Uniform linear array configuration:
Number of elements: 48
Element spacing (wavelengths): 0.75
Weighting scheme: hamming
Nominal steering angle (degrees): -60
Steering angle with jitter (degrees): -59.04
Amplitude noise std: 0.05
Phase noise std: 0.05

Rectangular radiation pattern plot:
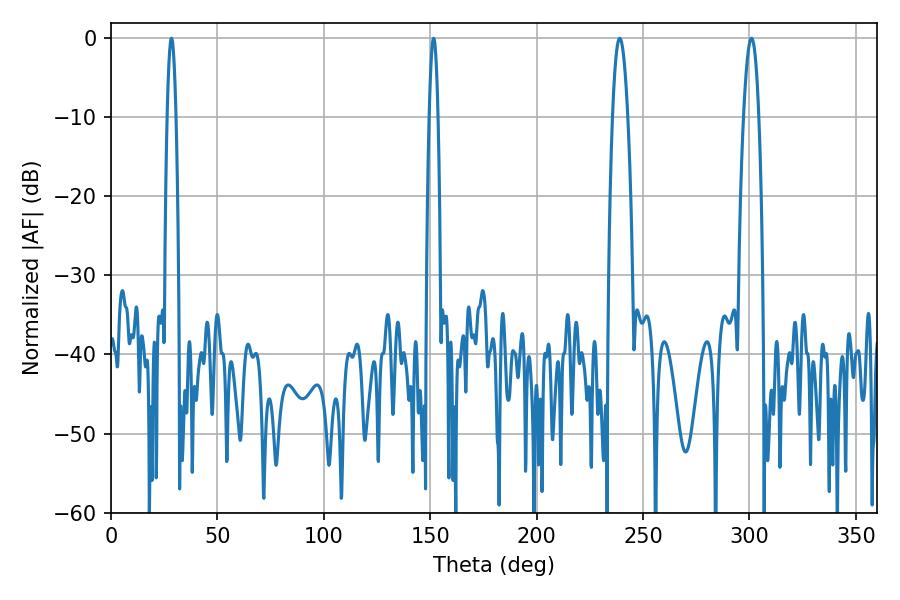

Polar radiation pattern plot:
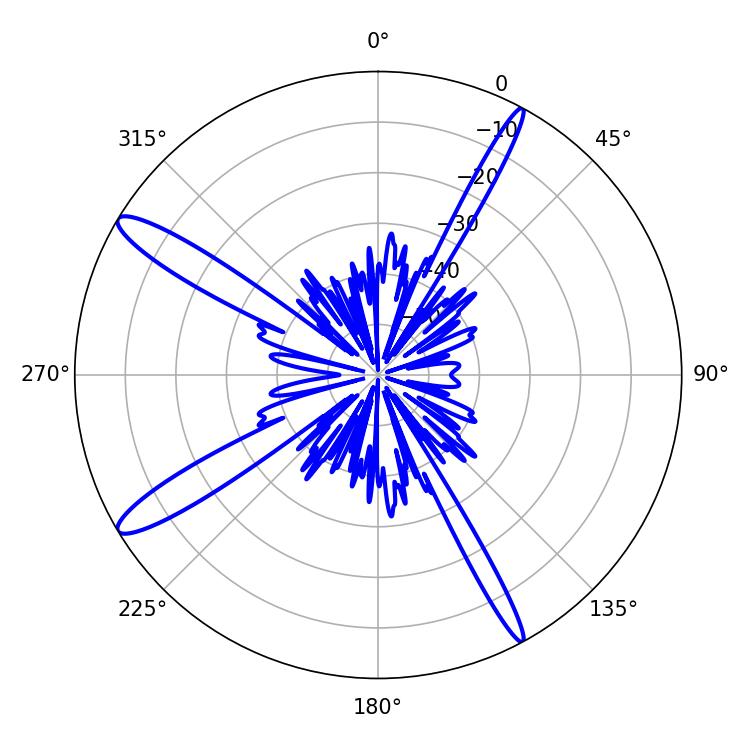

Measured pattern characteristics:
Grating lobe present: TRUE
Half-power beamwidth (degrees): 3.96
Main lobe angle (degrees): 239.04